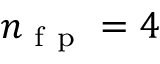
{ n _ { \mathrm { ~ f ~ p ~ } } } = 4